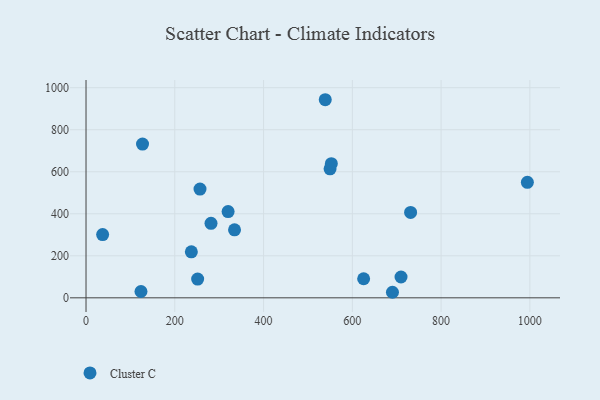
{"axis": {"x": "Price", "y": "Salary"}, "legend": ["Cluster C"], "data": [{"x": "320.1", "y": 410.5, "type": "Cluster C"}, {"x": "334.6", "y": 323.8, "type": "Cluster C"}, {"x": "549.8", "y": 613.8, "type": "Cluster C"}, {"x": "994.4", "y": 549.5, "type": "Cluster C"}, {"x": "237.3", "y": 219.0, "type": "Cluster C"}, {"x": "709.7", "y": 99.2, "type": "Cluster C"}, {"x": "552.7", "y": 638.3, "type": "Cluster C"}, {"x": "37.4", "y": 301.2, "type": "Cluster C"}, {"x": "251.5", "y": 89.0, "type": "Cluster C"}, {"x": "281.6", "y": 354.5, "type": "Cluster C"}, {"x": "625.5", "y": 90.7, "type": "Cluster C"}, {"x": "256.8", "y": 517.6, "type": "Cluster C"}, {"x": "690.4", "y": 26.4, "type": "Cluster C"}, {"x": "539.0", "y": 942.8, "type": "Cluster C"}, {"x": "123.8", "y": 30.1, "type": "Cluster C"}, {"x": "731.3", "y": 406.5, "type": "Cluster C"}, {"x": "127.3", "y": 731.9, "type": "Cluster C"}]}